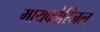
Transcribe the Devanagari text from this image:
मायकोरिजल